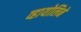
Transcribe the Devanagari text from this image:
व्हायोलिने